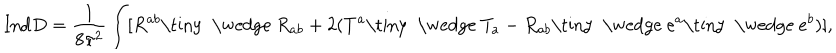
{ \mathrm { I n d } } D = \frac { 1 } { 8 \pi ^ { 2 } } \int [ R ^ { a b } \mathrm { \tiny ~ \wedge ~ } R _ { a b } + 2 ( T ^ { a } \mathrm { \tiny ~ \wedge ~ } T _ { a } - R _ { a b } \mathrm { \tiny ~ \wedge ~ } e ^ { a } \mathrm { \tiny ~ \wedge ~ } e ^ { b } ) ] ,